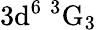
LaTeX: \mathrm{3d^{6}\ ^{3}G_{3}}